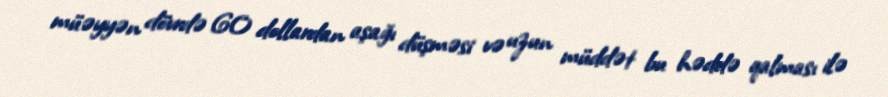
müəyyən dövrdə 60 dollardan aşağı düşməsi və uzun müddət bu həddə qalması ilə